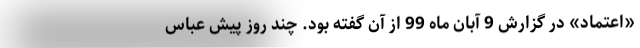
«اعتماد» در گزارش 9 آبان‌ ماه 99 از آن گفته بود. چند روز پیش عباس